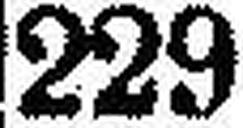
229